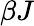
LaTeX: \beta J